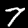
Label: 7